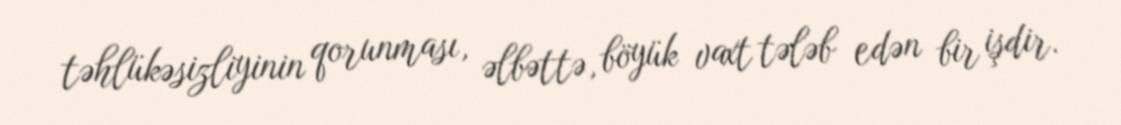
təhlükəsizliyinin qorunması, əlbəttə, böyük vaxt tələb edən bir işdir.